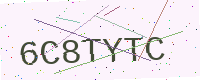
Text: 6C8TYTC